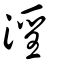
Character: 淫